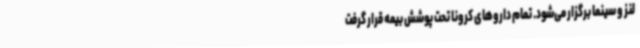
لنز و سینما برگزار می‌شود. تمام داروهای کرونا تحت پوشش بیمه قرار گرفت